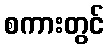
စကားတွင်